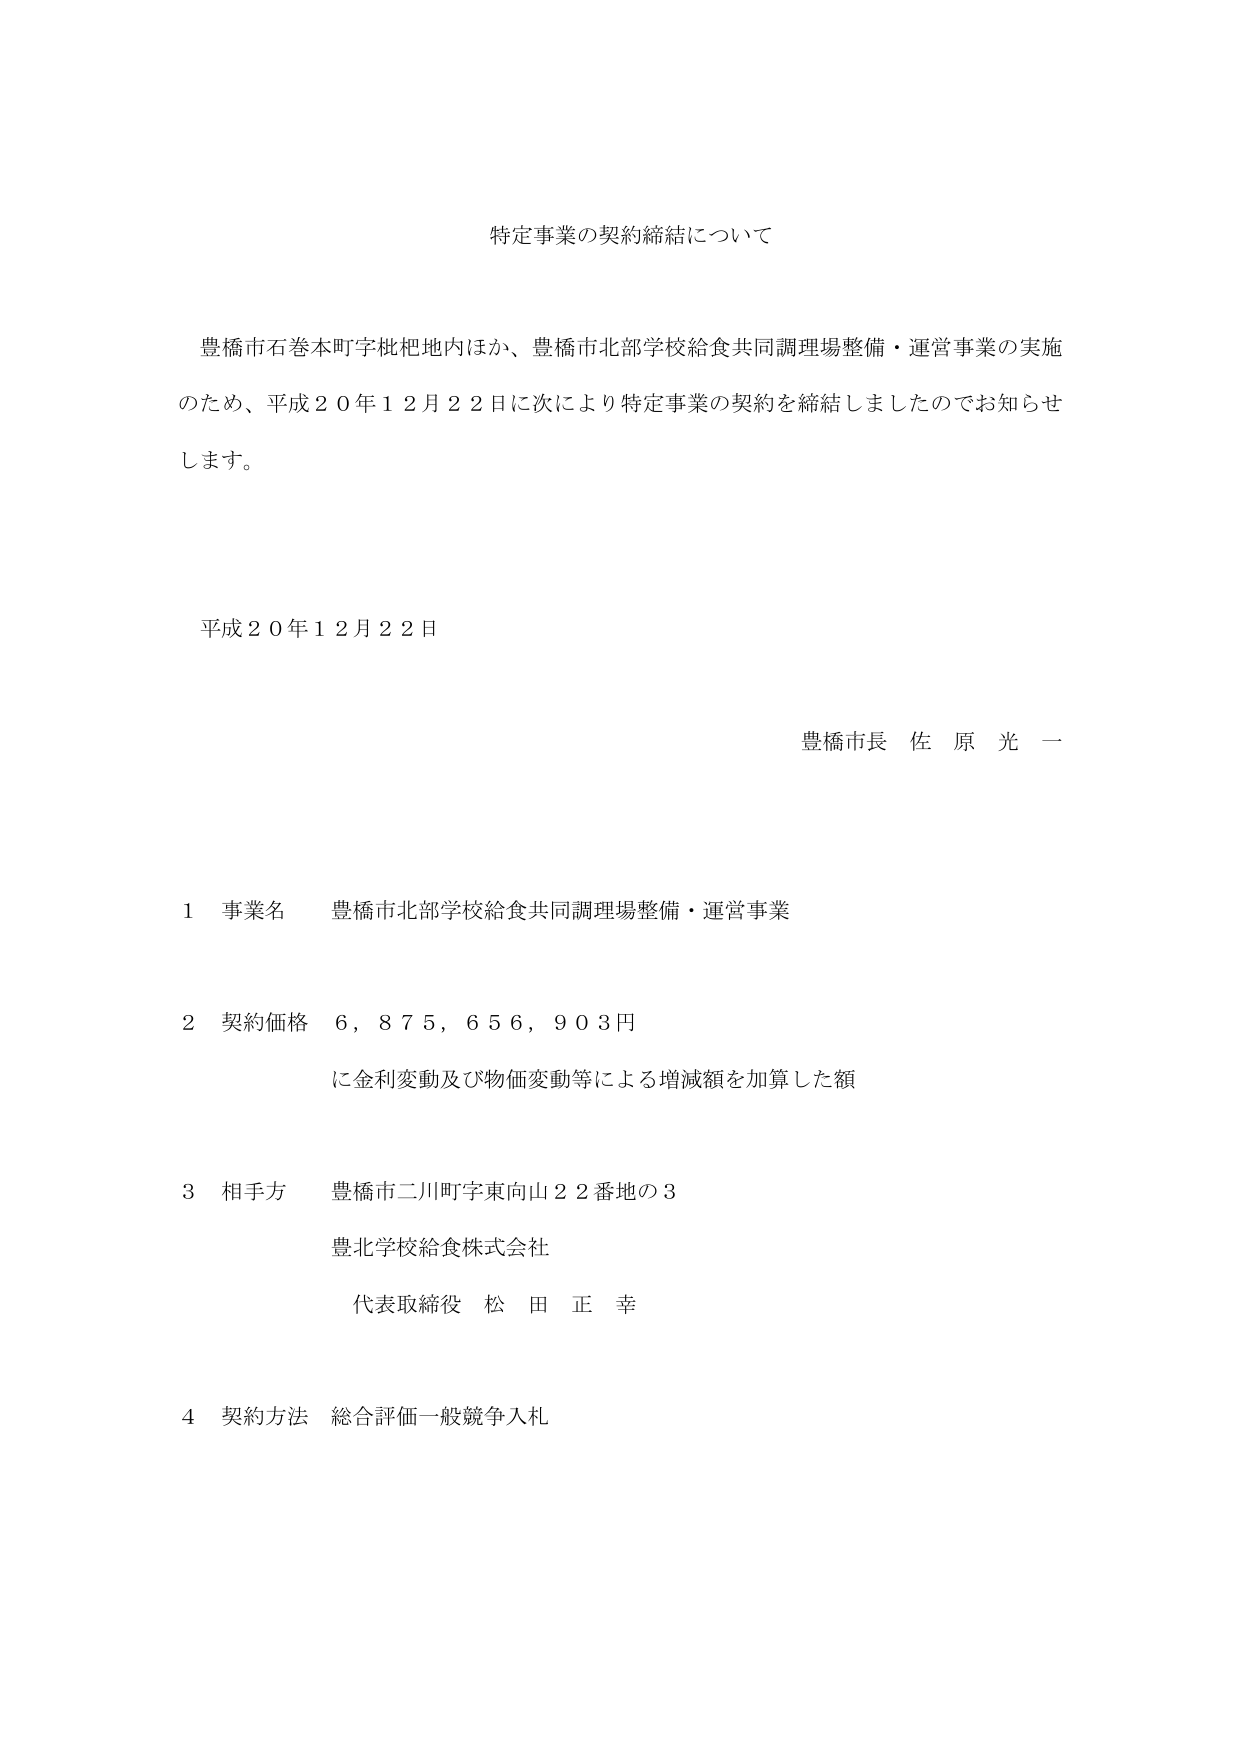
特定事業の契約締結について

豊橋市石巻本町字枇杷地内ほか、豊橋市北部学校給食共同調理場整備・運営事業の実施
のため、平成２０年１２月２２日に次により特定事業の契約を締結しましたのでお知らせ
します。

平成２０年１２月２２日

豊橋市長 佐原光一

１ 事業名 豊橋市北部学校給食共同調理場整備・運営事業

２ 契約価格 ６，８７５，６５６，９０３円
　　　　　　に金利変動及び物価変動等による増減額を加算した額

３ 相手方 豊橋市二川町字東向山２２番地の３
　　　　　　豊北学校給食株式会社
　　　　　　代表取締役 松田正幸

４ 契約方法 総合評価一般競争入札